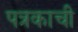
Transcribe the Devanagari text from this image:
पत्रकाची